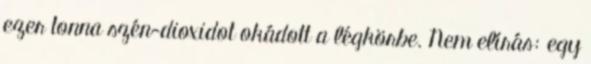
ezer tonna szén-dioxidot okádott a légkörbe. Nem elírás: egy